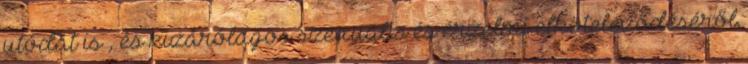
utódát is , és kizárólagos szexuális és érzelmi elköteleződéséről